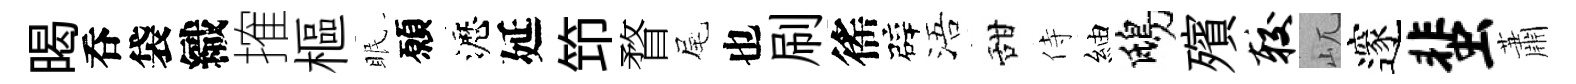
暍呑袋織搉樞眠願瀝延笻瞀尾也刷徭辟浯甜侍紬鴟殯较屼邃蜚蕭